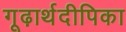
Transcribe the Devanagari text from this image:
गूढ़ार्थदीपिका